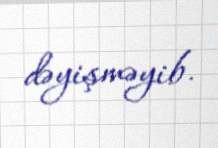
dəyişməyib.